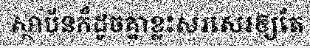
ស្ថាប័នក៏ដូចគ្នាខ្លះសរសេរឲ្យតែ